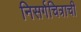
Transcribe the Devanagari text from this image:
निसर्गचित्राची